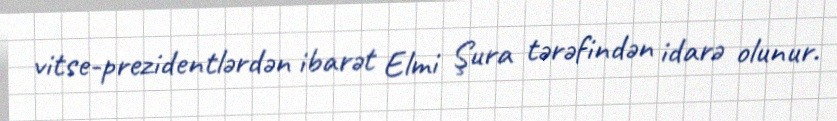
vitse-prezidentlərdən ibarət Elmi Şura tərəfindən idarə olunur.